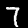
Label: 7